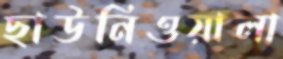
ছাউনিওয়ালা